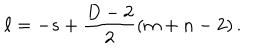
\ell = - s + \frac { D - 2 } { 2 } ( m + n - 2 ) \, .